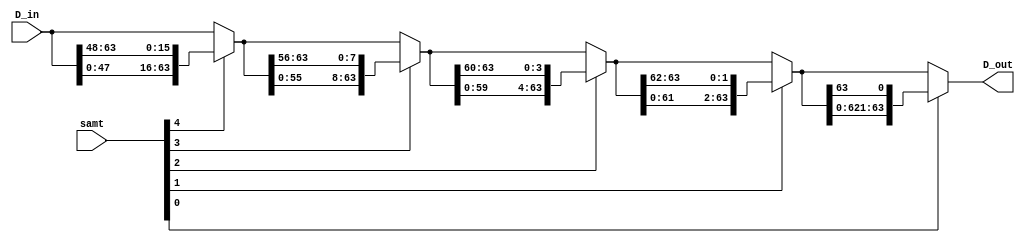
`timescale 1ns / 1ps
//////////////////////////////////////////////////////////////////////////////////
// Company: 
// Engineer: 
// 
// Design Name: 
// Module Name:    barrel_rotate_left 
// Project Name: 
// Target Devices: 
// Tool versions: 
// Description: 
//
// Dependencies: 
//
// Revision: 
// Revision 0.01 - File Created
// Additional Comments: 
//
//////////////////////////////////////////////////////////////////////////////////
module barrel_rotate_left(D_in, samt, D_out);
    
input [63:0] D_in;
input [4:0] samt;
wire [63:0] b_stage_3, b_stage_2, b_stage_1, b_stage_0;
output wire [63:0] D_out;

assign b_stage_3 = samt[4] ? {D_in[47:0], D_in[63:48]} : D_in;
assign b_stage_2 = samt[3] ? {b_stage_3[55:0], b_stage_3[63:56]} : b_stage_3;
assign b_stage_1 = samt[2] ? {b_stage_2[59:0], b_stage_2[63:60]} : b_stage_2;
assign b_stage_0 = samt[1] ? {b_stage_1[61:0], b_stage_1[63:62]} : b_stage_1;
assign D_out     = samt[0] ? {b_stage_0[62:0], b_stage_0[63]   } : b_stage_0; 

endmodule